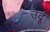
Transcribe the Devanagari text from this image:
उर्दूू